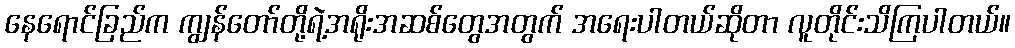
နေရောင်ခြည်က ကျွန်တော်တို့ရဲ့အရိုးအဆစ်တွေအတွက် အရေးပါတယ်ဆိုတာ လူတိုင်းသိကြပါတယ်။